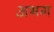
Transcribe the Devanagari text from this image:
अभग